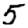
Digit: 5